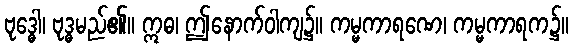
ဗုဒ္ဓေါ၊ ဗုဒ္ဓမည်၏။ ဣဓ၊ ဤနောက်ဝါကျ၌။ ကမ္မကာရဏေ၊ ကမ္မကာရက၌။